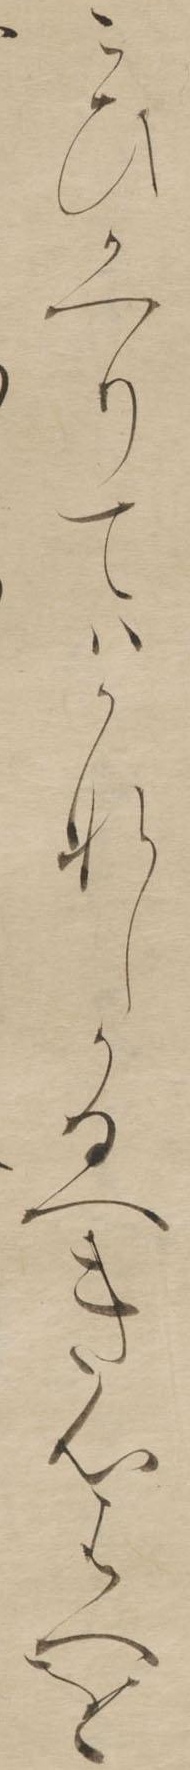
こひかへりてはかなしかるへき心はへを